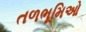
તળભૂમિઓ